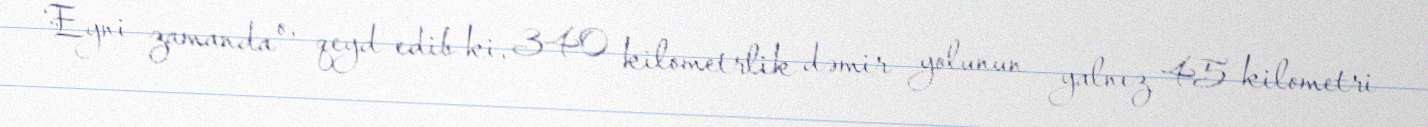
Eyni zamanda o, qeyd edib ki, 340 kilometrlik dəmir yolunun yalnız 45 kilometri